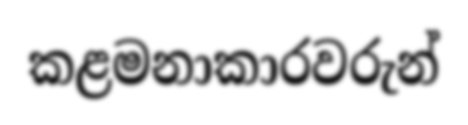
කළමනාකාරවරුන්